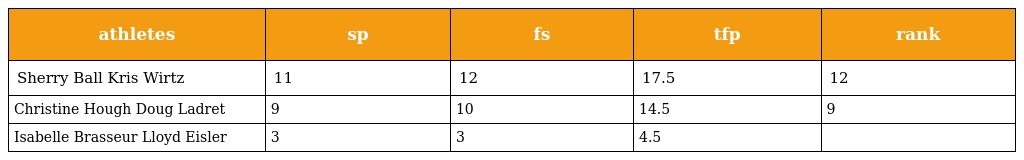
| athletes | sp | fs | tfp | rank |
 | --- | --- | --- | --- | --- |
 | Sherry Ball Kris Wirtz | 11 | 12 | 17.5 | 12 |
 | Christine Hough Doug Ladret | 9 | 10 | 14.5 | 9 |
 | Isabelle Brasseur Lloyd Eisler | 3 | 3 | 4.5 |  |